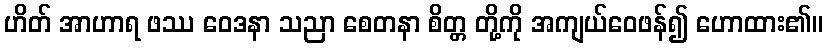
ဟိတ် အာဟာရ ဖဿ ဝေဒနာ သညာ စေတနာ စိတ္တ တို့ကို အကျယ်ဝေဖန်၍ ဟောထား၏။